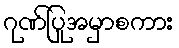
ဂုဏ်ပြုအမှာစကား